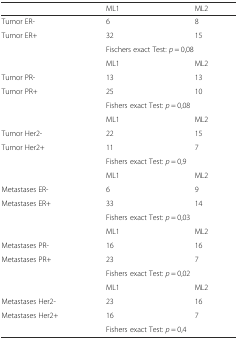
|  | ML1 | ML2 |
 | --- | --- | --- |
 | Tumor ER- | 6 | 8 |
 | Tumor ER+ | 32 | 15 |
 |  | <COLSPAN=2> Fischers exact Test: p = 0,08 |
 |  | ML1 | ML2 |
 | Tumor PR- | 13 | 13 |
 | Tumor PR+ | 25 | 10 |
 |  | <COLSPAN=2> Fishers exact Test: p = 0,08 |
 |  | ML1 | ML2 |
 | Tumor Her2- | 22 | 15 |
 | Tumor Her2+ | 11 | 7 |
 |  | <COLSPAN=2> Fishers exact Test: p = 0,9 |
 |  | ML1 | ML2 |
 | Metastases ER- | 6 | 9 |
 | Metastases ER+ | 33 | 14 |
 |  | <COLSPAN=2> Fishers exact Test: p = 0,03 |
 |  | ML1 | ML2 |
 | Metastases PR- | 16 | 16 |
 | Metastases PR+ | 23 | 7 |
 |  | <COLSPAN=2> Fishers exact Test: p = 0,02 |
 |  | ML1 | ML2 |
 | Metastases Her2- | 23 | 16 |
 | Metastases Her2+ | 16 | 7 |
 |  | <COLSPAN=2> Fishers exact Test: p = 0,4 |